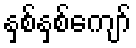
နှစ်နှစ်ကျော်